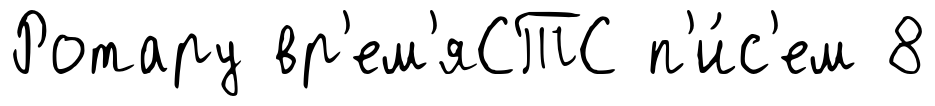
Ротару вр'ем'яСТС п'и́с'ем 8